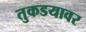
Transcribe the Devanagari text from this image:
तुकडयावर